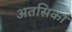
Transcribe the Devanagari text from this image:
अतसिका